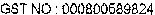
GST NO: 000800689824